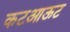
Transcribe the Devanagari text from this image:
कटआऊट